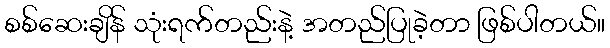
စစ်ဆေးချိန် သုံးရက်တည်းနဲ့ အတည်ပြုခဲ့တာ ဖြစ်ပါတယ်။